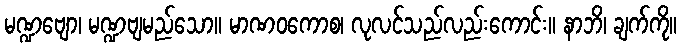
မဏ္ဍဗျော၊ မဏ္ဍဗျမည်သော။ မာဏဝကောစ၊ လုလင်သည်လည်းကောင်း။ နာဘိ၊ ချက်ကို။